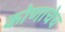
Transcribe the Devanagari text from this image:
कोणाचेच